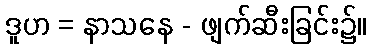
ဒူဟ = နာသနေ - ဖျက်ဆီးခြင်း၌။